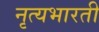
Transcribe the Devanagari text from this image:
नृत्यभारती